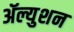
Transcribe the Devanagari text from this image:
ॲल्युशन